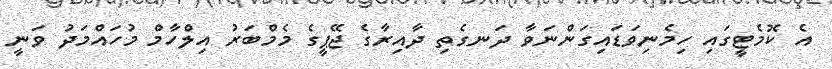
އެ ކޮމެޓީގައި ހިމެނިވަޑައިގަންނަވާ ދަނގެތި ދާއިރާގެ ޖޭޕީގެ މެމްބަރު އިލްހާމް މުހައްމަދު ވަނީ